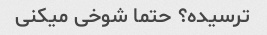
ترسیده؟ حتما شوخی میکنی